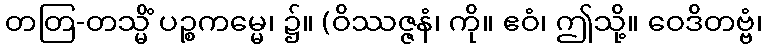
တတြ-တသ္မိံ ပဉ္စကမ္မေ၊ ၌။ (ဝိဿဇ္ဇနံ၊ ကို။ ဧဝံ၊ ဤသို့။ ဝေဒိတဗ္ဗံ၊